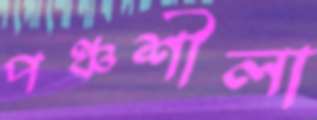
পঞ্চশীলা